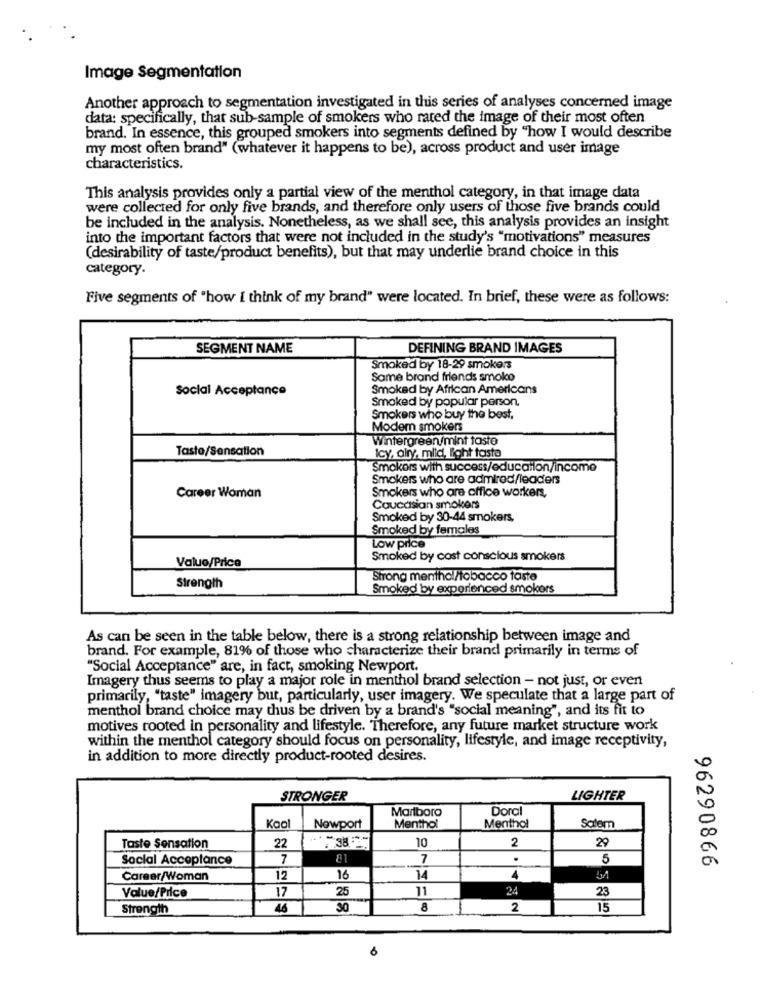
Image Segmentation
Another approach to segmentation investigated in this series of analyses concerned image
data: specifically, that sub-sample of smokers who rated the image of their most often
brand. In essence, this grouped smokers into segments defined by "how I would describe
my most often brand" (whatever it happens to be), across product and user image
characteristics.
This analysis provides only a partial view of the menthol category, in that image data
were collected for only five brands, and therefore only users of those five brands could
be included in the analysis. Nonetheless, as we shall see, this analysis provides an insight
into the important factors that were not included in the study's "motivations" measures
(desirability of taste/product benefits), but that may underlie brand choice in this
category.
Five segments of "how [ think of my brand" were located. In brief, these were as follows:
SEGMENT NAME
DEFINING BRAND IMAGES
Smoked by 18-29 smokers
Same brand friends smoke
Social Acceptance
Smoked by African Americans
Smoked by popular person,
Smokers who buy the best,
Modem smokers
Wintergreen/mint taste
Taste/Sensation
Icy, alry, mild, light tasto
Smokers with success/education/income
Smokers who are admired/leaders
Smokers who are office workers,
Career Woman
Caucasian smokers
Smoked by 30-44 smokers,
Smoked by females
Low price
Smoked by cost conscious smokers
Value/Price
Strong menthol/tobacco taste
Strength
Smoked by experienced smokers
As can be seen in the table below, there is a strong relationship between image and
brand. For example, 81% of those who characterize their brand primarily in terms of
"Social Acceptance" are, in fact, smoking Newport.
Imagery thus seems to play a major role in menthol brand selection - not just, or even
primarily, "taste" imagery but, particularly, user imagery. We speculate that a large part of
menthol brand choice may thus be driven by a brand's "social meaning", and its fit to
motives rooted in personality and lifestyle. Therefore, any future market structure work
within the menthol category should focus on personality, lifestyle, and image receptivity,
in addition to more directly product-rooted desires.
STRONGER
LIGHTER
Doral
Marlboro
Kaal
Newport
Menthol
Menthol
Salem
22
10
2
29
Taste Sensation
Social Acceptance
7
81
7
5
96290866
Career/Woman
12
16
14
Value/Price
17
25
11
24
23
Strength
4.6
30
8
2
15